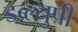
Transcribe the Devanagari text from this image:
डब्ल्युपी